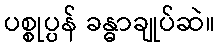
ပစ္စုပ္ပန် ခန္ဓာချုပ်ဆဲ။